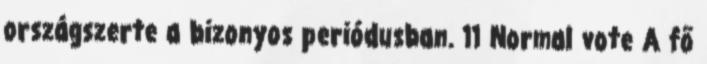
országszerte a bizonyos periódusban. 11 Normal vote A fő